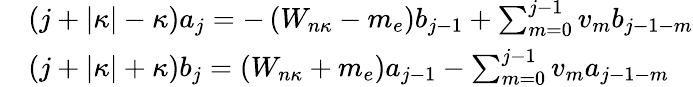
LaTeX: \begin{array}{rl}&{(j+\left|\kappa\right|-\kappa)a_{j}=-\left(W_{n\kappa}-m_{e}\right)b_{j-1}+\sum_{m=0}^{j-1}v_{m}b_{j-1-m}}\\ &{(j+\left|\kappa\right|+\kappa)b_{j}=\left(W_{n\kappa}+m_{e}\right)a_{j-1}-\sum_{m=0}^{j-1}v_{m}a_{j-1-m}}\end{array}